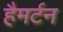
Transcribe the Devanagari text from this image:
हैमर्टन